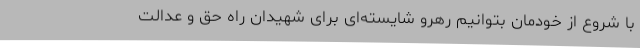
با شروع از خودمان بتوانیم رهرو شایسته‌ای برای شهیدان راه حق و عدالت